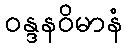
ဝန္ဒနဝိမာနံ